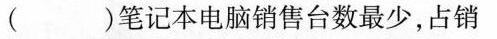
( )笔记本电脑销售台数最少，占销